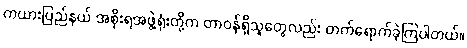
ကယားပြည်နယ် အစိုးရအဖွဲ့ရုံးတို့က တာဝန်ရှိသူတွေလည်း တက်ရောက်ခဲ့ကြပါတယ်။